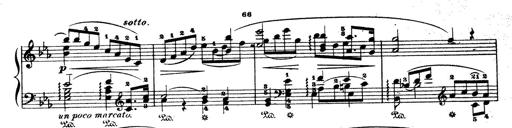
Title: Wagner-Liszt Album
Composer: Franz Liszt